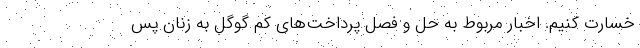
خسارت کنیم. اخبار مربوط به حل و فصل پرداخت‌های کم گوگل به زنان پس